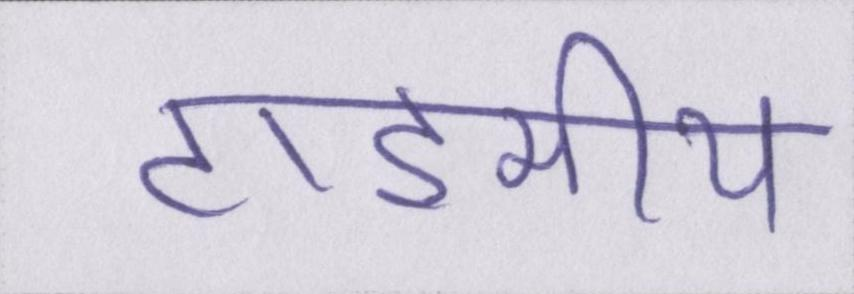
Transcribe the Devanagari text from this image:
टाइमीय